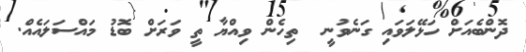
ދޮންބެއަށް ހަޅޭލަވައި ގަނެވުނީ  ތިހެން ވިއްޔާ ތީ ވަރަށް ބޮޑު މައްސަލައެއް.